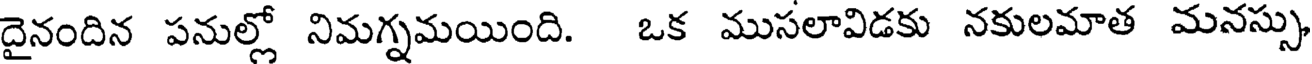
దైనందిన పనుల్లో నిమగ్నమయింది. ఒక ముసలావిడకు నకులమాత మనస్సు